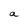
Character: a